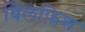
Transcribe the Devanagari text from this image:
बिलफ़िश